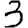
Digit: 3